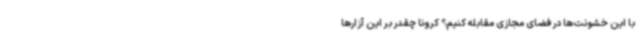
با این خشونت‌ها در فضای مجازی مقابله کنیم؟ کرونا چقدر بر این آزارها